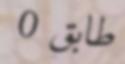
طابق 0